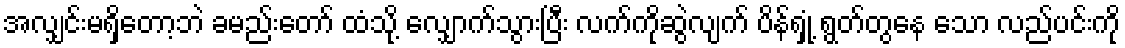
အလျှင်းမရှိတော့ဘဲ ခမည်းတော် ထံသို့ လျှောက်သွားပြီး လက်ကိုဆွဲလျက် ပိန်ရှုံ့ ရွတ်တွနေ သော လည်ပင်းကို